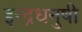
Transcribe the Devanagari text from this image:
इन्‍द्रधनुषी